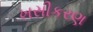
ખસીકરણ